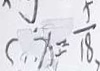
x = \frac { 5 } { 1 8 }